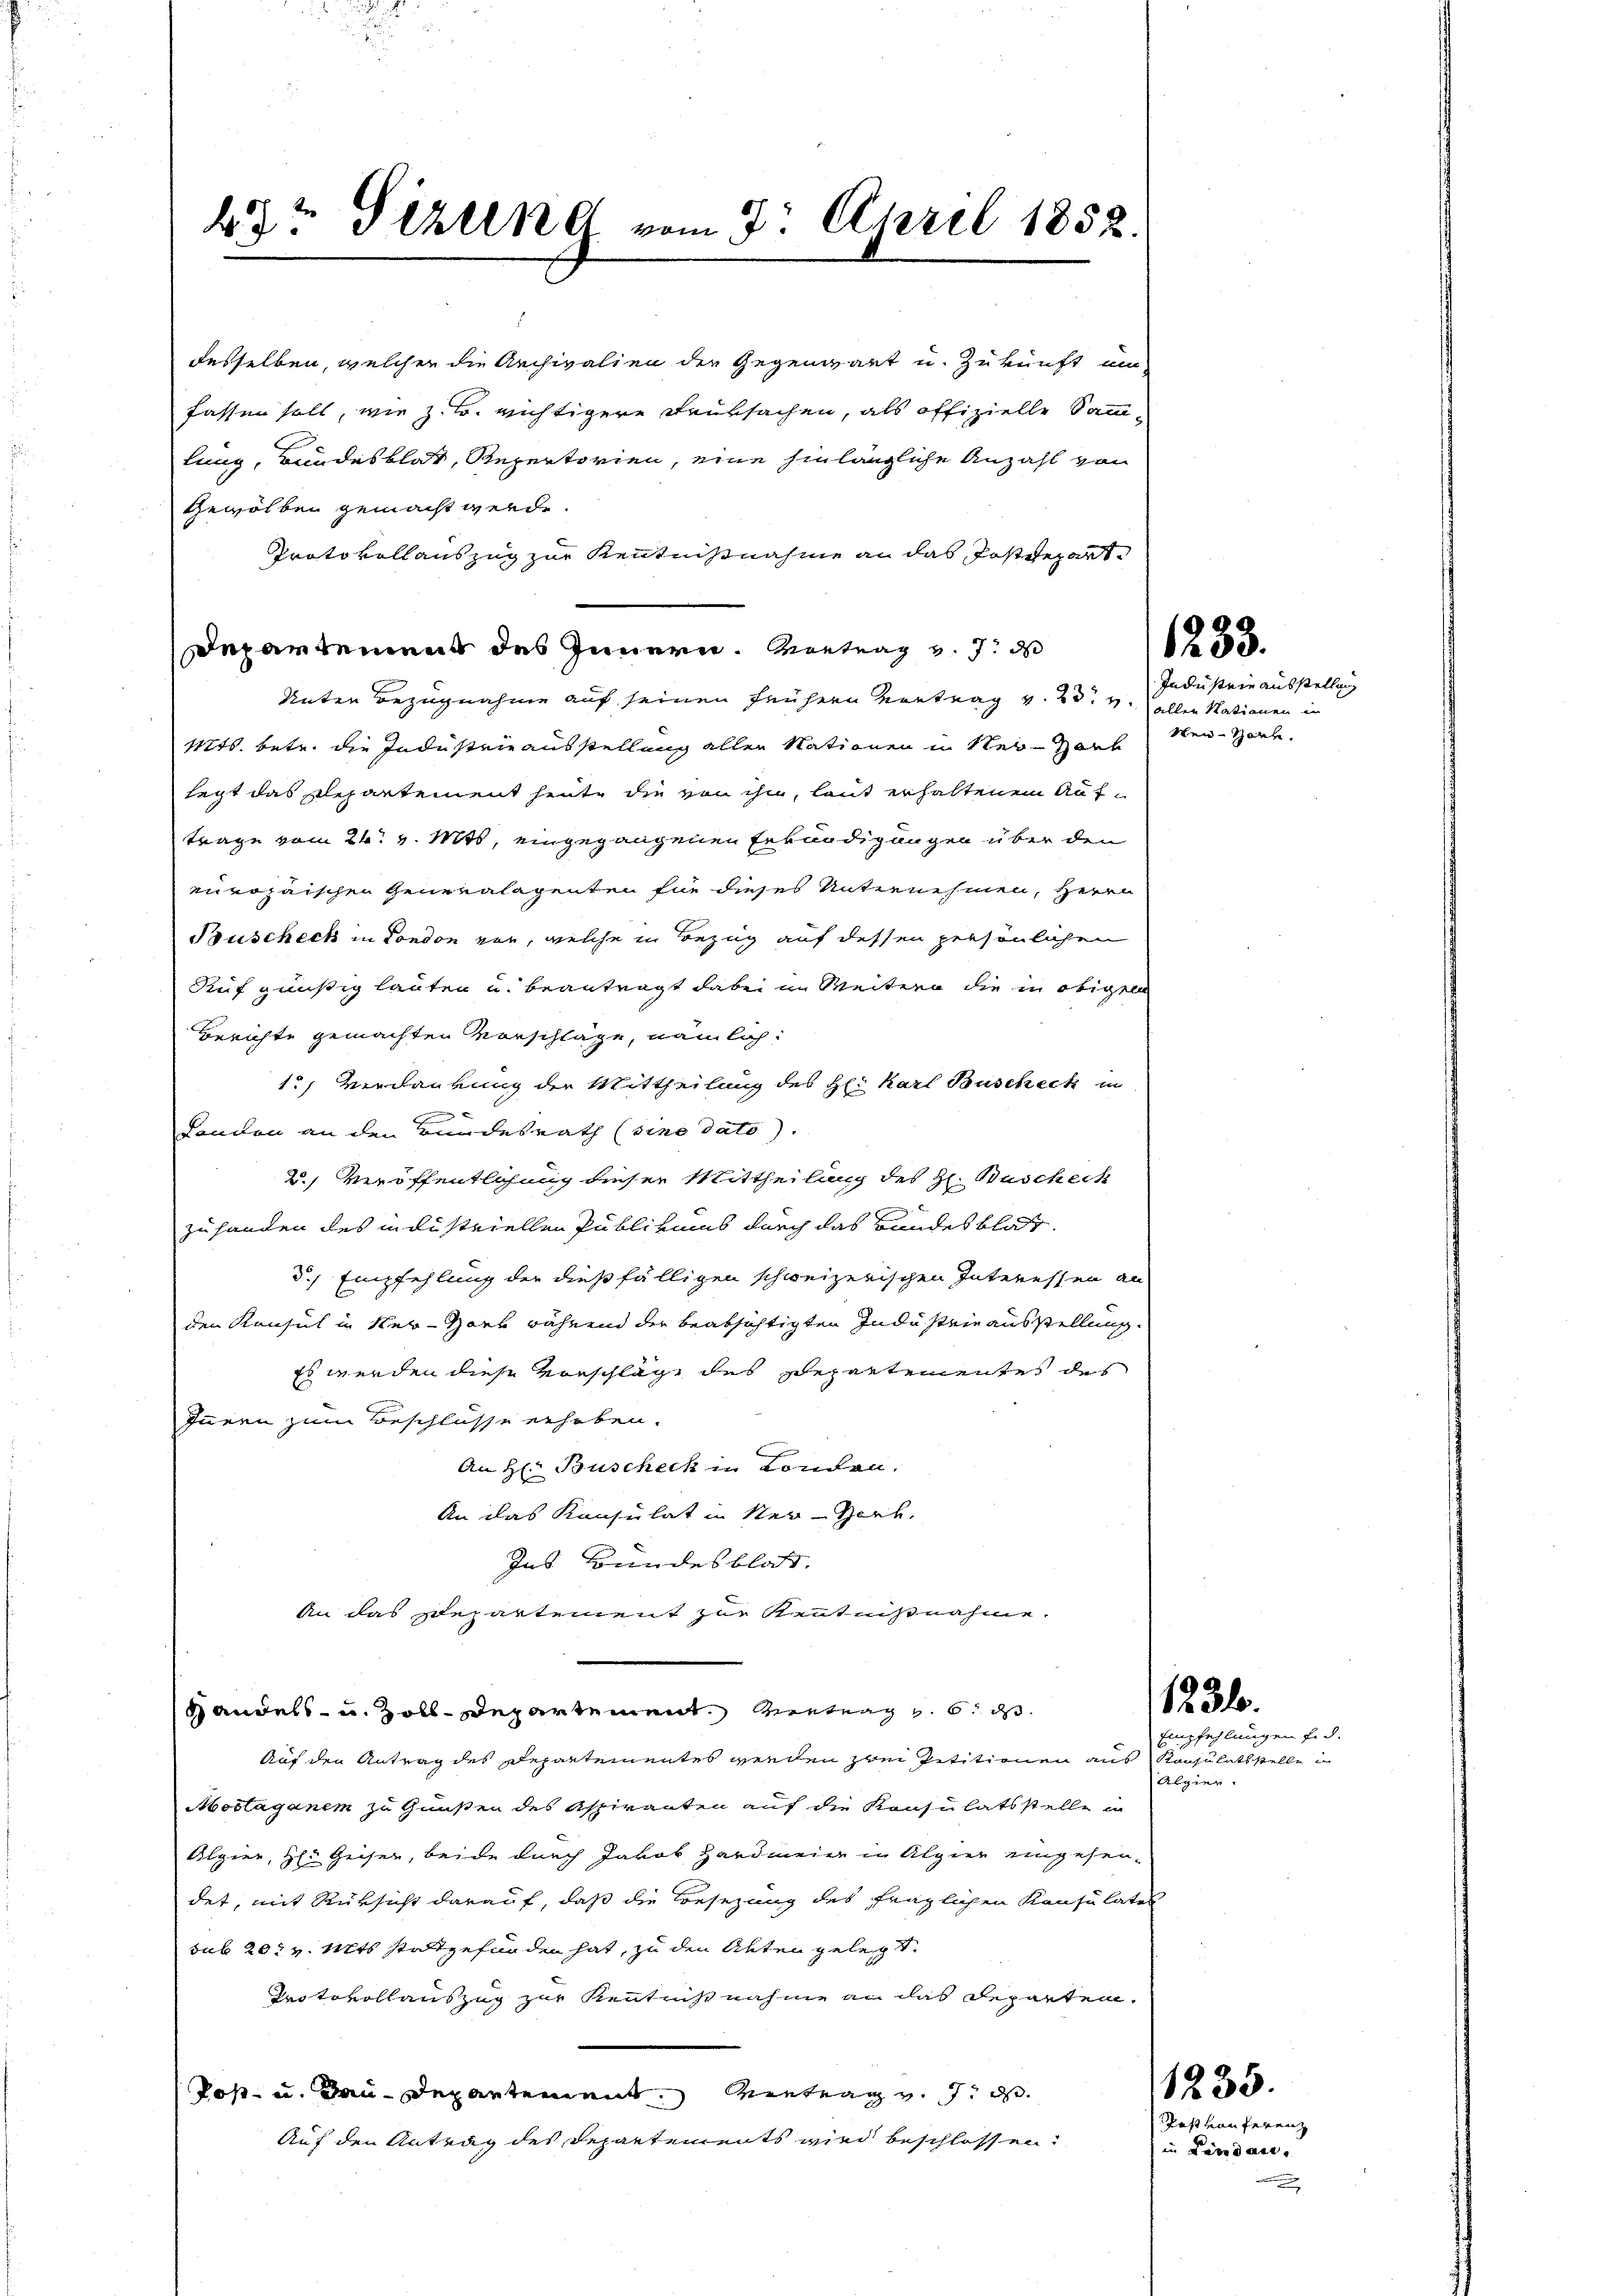
49 Sizung vom 3. April 1858.

desselben, welcher die Archivalien der Gegenwart u. Zukunft um
fassen soll, wie z. B. richtigere Teutsachen, als offizielle Samm-
lung, Bundesblat, Repertorien, eine hinlängliche Anzahl von
Gewölben gemacht werde.
Protokollauszug zur Kenntnißnahme an das Postdepart
Departement des Innern. Vortrag v. J. d
Unter Bezugnahme auf seinen frühern Vertrag v. 23. v.
Mts. betr. die Industrieausstellung aller Nationen in Ner-Hark
legt das Plepartement heute die von ihn, laut erhaltenem Auftrage vom 24. v. Mts, eingegangenen Erkundigungen über den
europaischen Generalagenten für dieses Unternehmen, Herrn
Buscheck in Fondon von, welche in Bezug auf dessen persönlichen
Ruf günstig lauten u. beantragt dabei in Weitern die in obige
Berichte gemachten Vorschläge, nämlich:
1., Verdankung der Mittheilung des Her Karl Buscheck in

Landen an den Bundesrath (sino dato).
2) Veröffentlichung dieser Mittheilung des H. Buschech
zuhanden des industriellen Publikums durch das Bandesblattd.) Empfehlung der dießfälligen schweizerischen Interessen an
den Konsul in Ner-Hark während der beabsichtigten Industrie ausstellung.
Es werden diese Vorschläge des Departementes des
Innern zum Beschlüsse erhoben.
An H: Buscheck in London.
An das Konsulat in Ner-Werk,
Ins Bundesblatt.
An das schepartement zur Kenntnißnahme.
Handels- u. Zolldepartement Vertrag u. d
Auf den Antrag des Departementes werden zwei Petitionen aus Konsulatsstelle in
Aostagenem zu Gunsten des Aspiranten auf die Konsulatsstelle er
Algier, H. Geiser, beide durch Jakob Hardmeier in Alpier eingesendet, mit Rüksicht darauf, daß die Besezung des fraglichen Konsulates
sub 20t v. Mts. stattgefunden hat, zu den Akten gelegt.
Protovollauszug zur Kenntnißnahme an das Reparten.
Post- u. Bau-Departement vietrag v. J. d
Auf den Antrag des Departements wird beschlossen:

1283.

Industrie ausstellung
allen Nationen in
Wen-Zerh.

123.

Empfehlungen fid.
Algier

1235.

Post vonferenz
in Paradaue